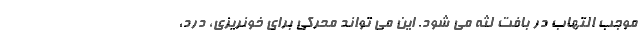
موجب التهاب در بافت لثه می شود. این می تواند محرکی برای خونریزی، درد،